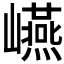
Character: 𭗬